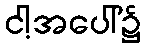
ငါ့အပေါ်၌